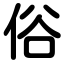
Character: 俗